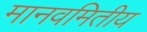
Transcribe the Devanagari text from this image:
मानवमितीय